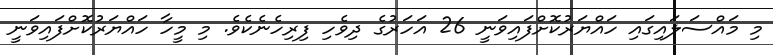
މި މައްސަލައިގައި ހައްޔަރުކޮށްފައިވަނީ 26 އަހަރުގެ ދިވެހި ފިރިހެނެކެވެ. މި މީހާ ހައްޔަރުކޮށްފައިވަނީ